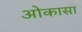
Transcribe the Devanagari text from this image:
ओकासा